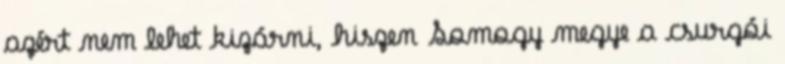
azért nem lehet kizárni, hiszen Somogy megye a csurgói